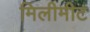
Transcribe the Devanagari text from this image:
मिलीमीट